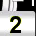
Digit: 2